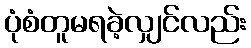
ပုံစံတူမရခဲ့လျှင်လည်း